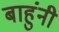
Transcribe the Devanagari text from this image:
बाहुंनी